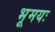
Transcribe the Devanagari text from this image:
भूमयः